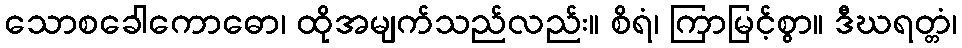
သောစခေါကောဓော၊ ထိုအမျက်သည်လည်း။ စိရံ၊ ကြာမြင့်စွာ။ ဒီဃရတ္တံ၊